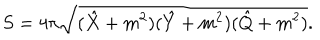
S = 4 \pi \sqrt { ( \hat { X } + m ^ { 2 } ) ( \hat { Y } + m ^ { 2 } ) ( \hat { Q } + m ^ { 2 } ) } .